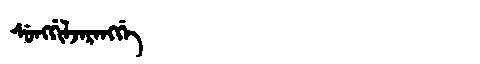
Manchu: ᠰᡠᠩᡤᡳᠯᠵᠠᡵᠠᠩᡤᡝ
Romanization: SUNGGILJARANGGE